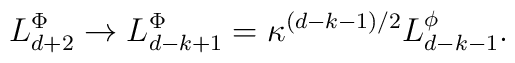
L_{d+2}^{\Phi }\rightarrow L_{d-k+1}^{\Phi }=\kappa ^{\left( d-k-1\right)/2}L_{d-k-1}^{\phi }.